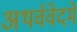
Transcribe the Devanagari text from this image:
अथर्ववेदमें